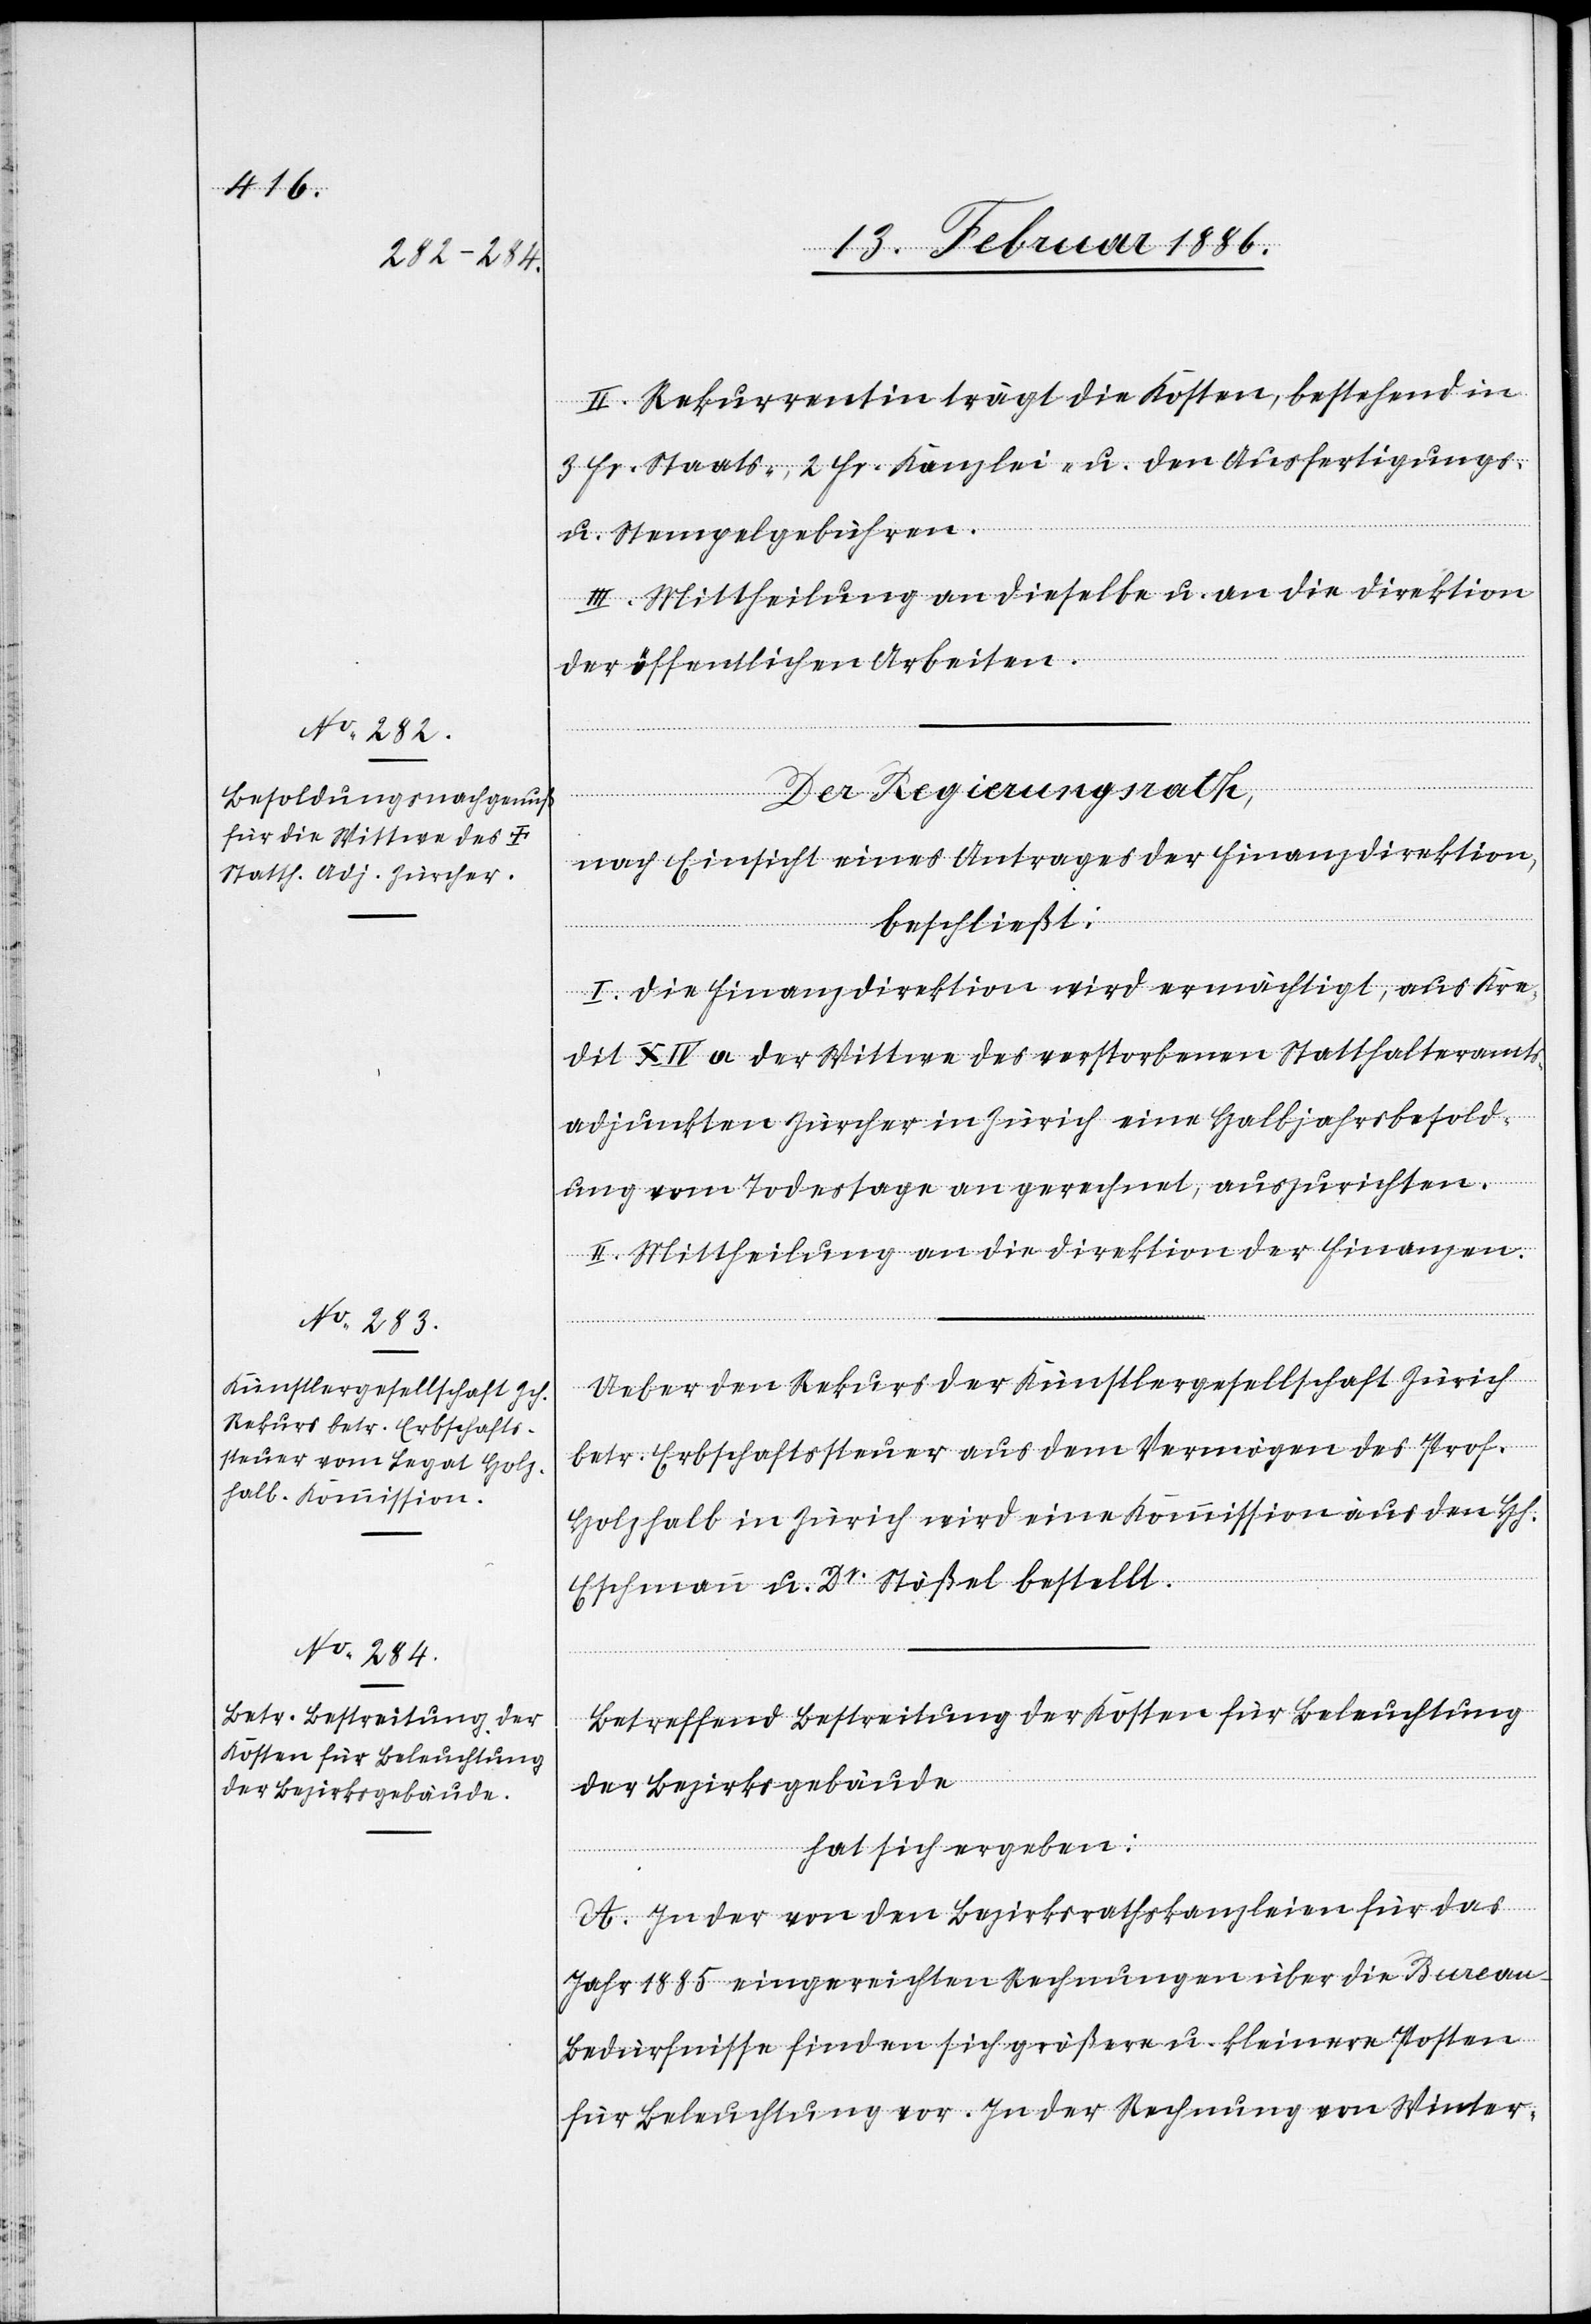
II. Rekurrentin trägt die Kosten, bestehend in
3 Fr. Staats-, 2 Fr. Kanzlei- u. den Ausfertigungs-
u. Stempelgebühren.
III. Mittheilung an dieselbe u. an die Direktion
der öffentlichen Arbeiten.
A.
der [rect¬
Der Regierungsrath,
nach Einsicht eines Antrages der Finanzdirektion,
beschließt:
I. Die Finanzdirektion wird ermächtigt, aus dem
dit XIV a der Wittwe des verstorbenen Statthalteramts¬
adjunkten Zürcher in Zürich eine Halbjahresbesold¬
ung vom Todestage an gerechnet, auszurichten.
II. Mittheilung an die Direktion der Finanzen.
Ueber den Rekurs der Künstlergesellschaft Zürich
betr. Erbschaftssteuer aus dem Vermögen des Prof.
Holzhalb in Zürich wird eine Kommission aus den Hh.
Eschmann u. Dr. Stößel bestellt.
Betreffend Bestreitung der Kosten für Beleuchtung
der Bezirksgebäude
hat sich ergeben:
e: den] von den Bezirksrathskanzleien für das
Jahr 1885 eingereichten Rechnungen über die Burea¬
u-Bedürfnisse finden sich größere u. kleinere Posten
für Beleuchtung vor. In der Rechnung von Winter-